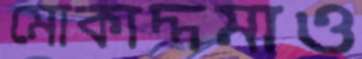
মোকাদ্দমাও